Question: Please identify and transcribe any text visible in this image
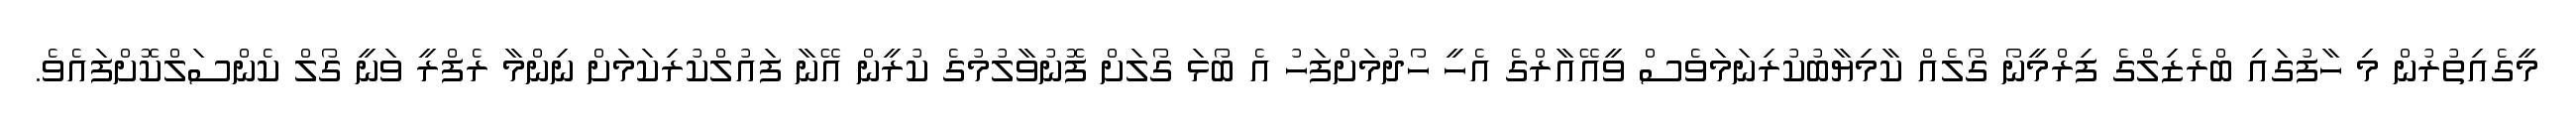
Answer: މީގެއިތުރުން މި ހާފުގައި ބްރެޒިލްގެ ފިރްމީނޯ ގޯލެއް ކާމިޔާބުކުރިނަމަވެސް ވީއޭއާރްގެ އެހީ ހޯދުމަށްފަހު އެ ބޯޅަ ގޯލަށް ފޮނުވާލުމުގެ ކުރީން އޭނާ ފައުލްކުރިކަމަށް ނިންމާ ރެފްރީ ވަނީ ގޯލް ކެންސަލްކޮށްފައެވެ.